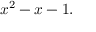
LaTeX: x ^ { 2 } - x - 1 .